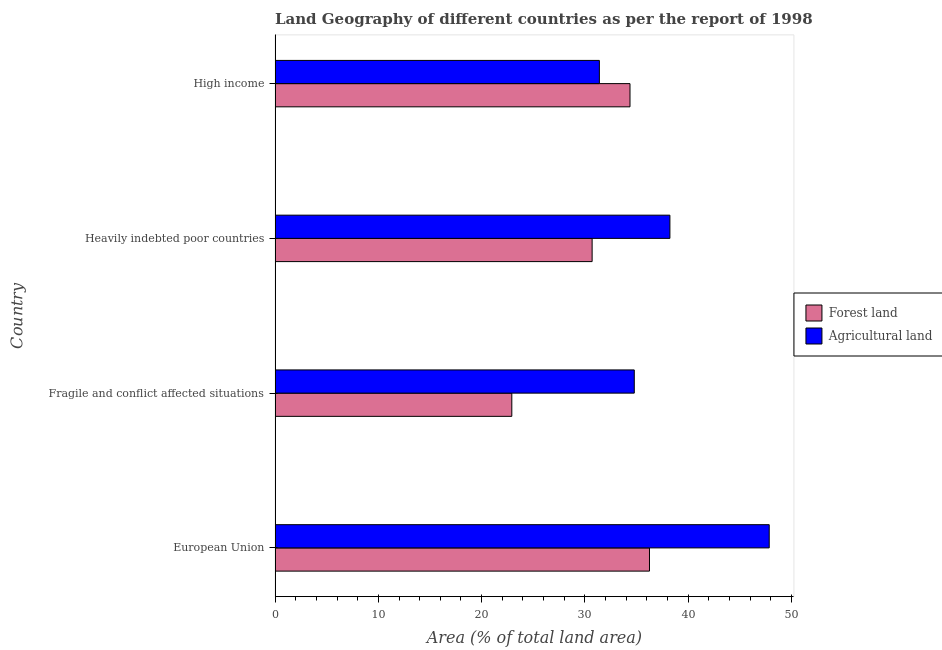
| Country | Forest land | Agricultural land |
 | --- | --- | --- |
 | European Union | 36.3 | 47.8 |
 | Fragile and conflict affected situations | 22.9 | 34.8 |
 | Heavily indebted poor countries | 30.7 | 38.2 |
 | High income | 34.4 | 31.4 |